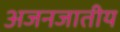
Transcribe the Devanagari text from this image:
अजनजातीय